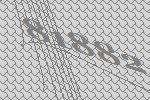
81882